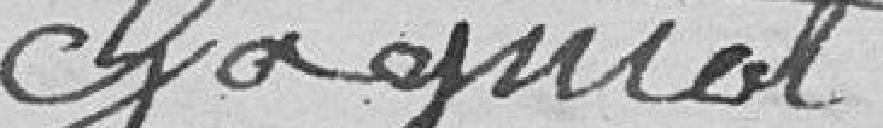
Gagniot